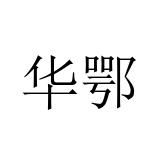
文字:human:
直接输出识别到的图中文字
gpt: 华鄂